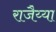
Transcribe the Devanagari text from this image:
राजैय्या